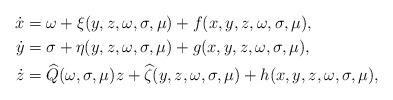
LaTeX: \begin{align*}\dot{x} &= \omega+\xi(y,z,\omega,\sigma,\mu)+f(x,y,z,\omega,\sigma,\mu), \\\dot{y} &= \sigma+\eta(y,z,\omega,\sigma,\mu)+g(x,y,z,\omega,\sigma,\mu), \\\dot{z} &= \widehat{Q}(\omega,\sigma,\mu)z+\widehat{\zeta}(y,z,\omega,\sigma,\mu)+h(x,y,z,\omega,\sigma,\mu),\end{align*}